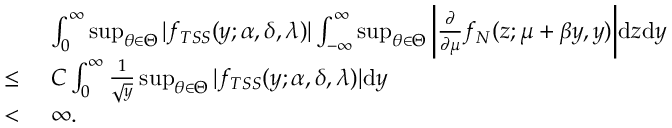
\begin{array} { r l } & { \ \int _ { 0 } ^ { \infty } \operatorname* { s u p } _ { \theta \in \Theta } | f _ { T S S } ( y ; \alpha , \delta , \lambda ) | \int _ { - \infty } ^ { \infty } \operatorname* { s u p } _ { \theta \in \Theta } \bigg | \frac { \partial } { \partial \mu } f _ { N } ( z ; \mu + \beta y , y ) \bigg | \mathrm { d } z \mathrm { d } y } \\ { \le } & { \ C \int _ { 0 } ^ { \infty } \frac { 1 } { \sqrt { y } } \operatorname* { s u p } _ { \theta \in \Theta } | f _ { T S S } ( y ; \alpha , \delta , \lambda ) | \mathrm { d } y } \\ { < } & { \ \infty . } \end{array}